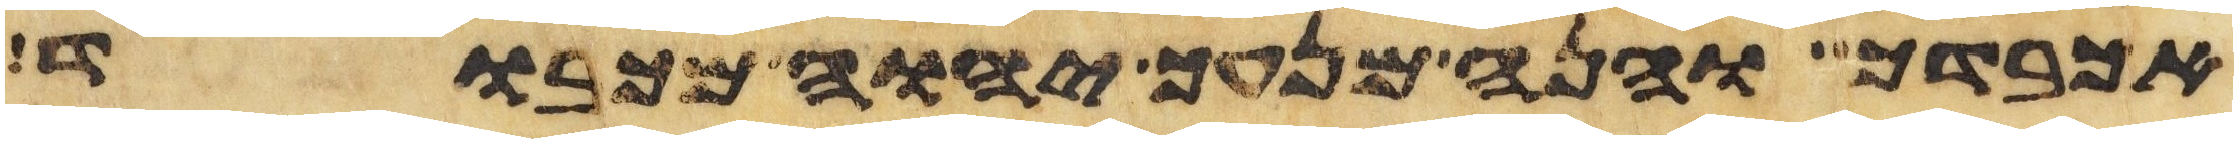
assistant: אכבדך והנה מנעך יהוה מכבוד